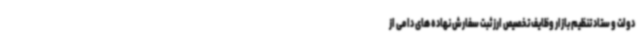
دولت و ستاد تنظیم بازار وظایف تخصیص ارز ثبت سفارش نهاده های دامی از